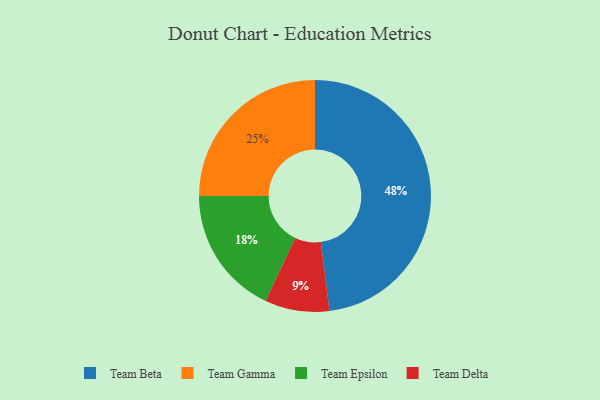
{"axis": {"x": "Category", "y": "Percentage"}, "legend": ["Team Beta", "Team Delta", "Team Epsilon", "Team Gamma"], "data": [{"x": "Team Gamma", "y": 25, "type": "Team Gamma"}, {"x": "Team Beta", "y": 48, "type": "Team Beta"}, {"x": "Team Delta", "y": 9, "type": "Team Delta"}, {"x": "Team Epsilon", "y": 18, "type": "Team Epsilon"}]}